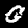
Digit: 0